Riigikantselei, lk 148
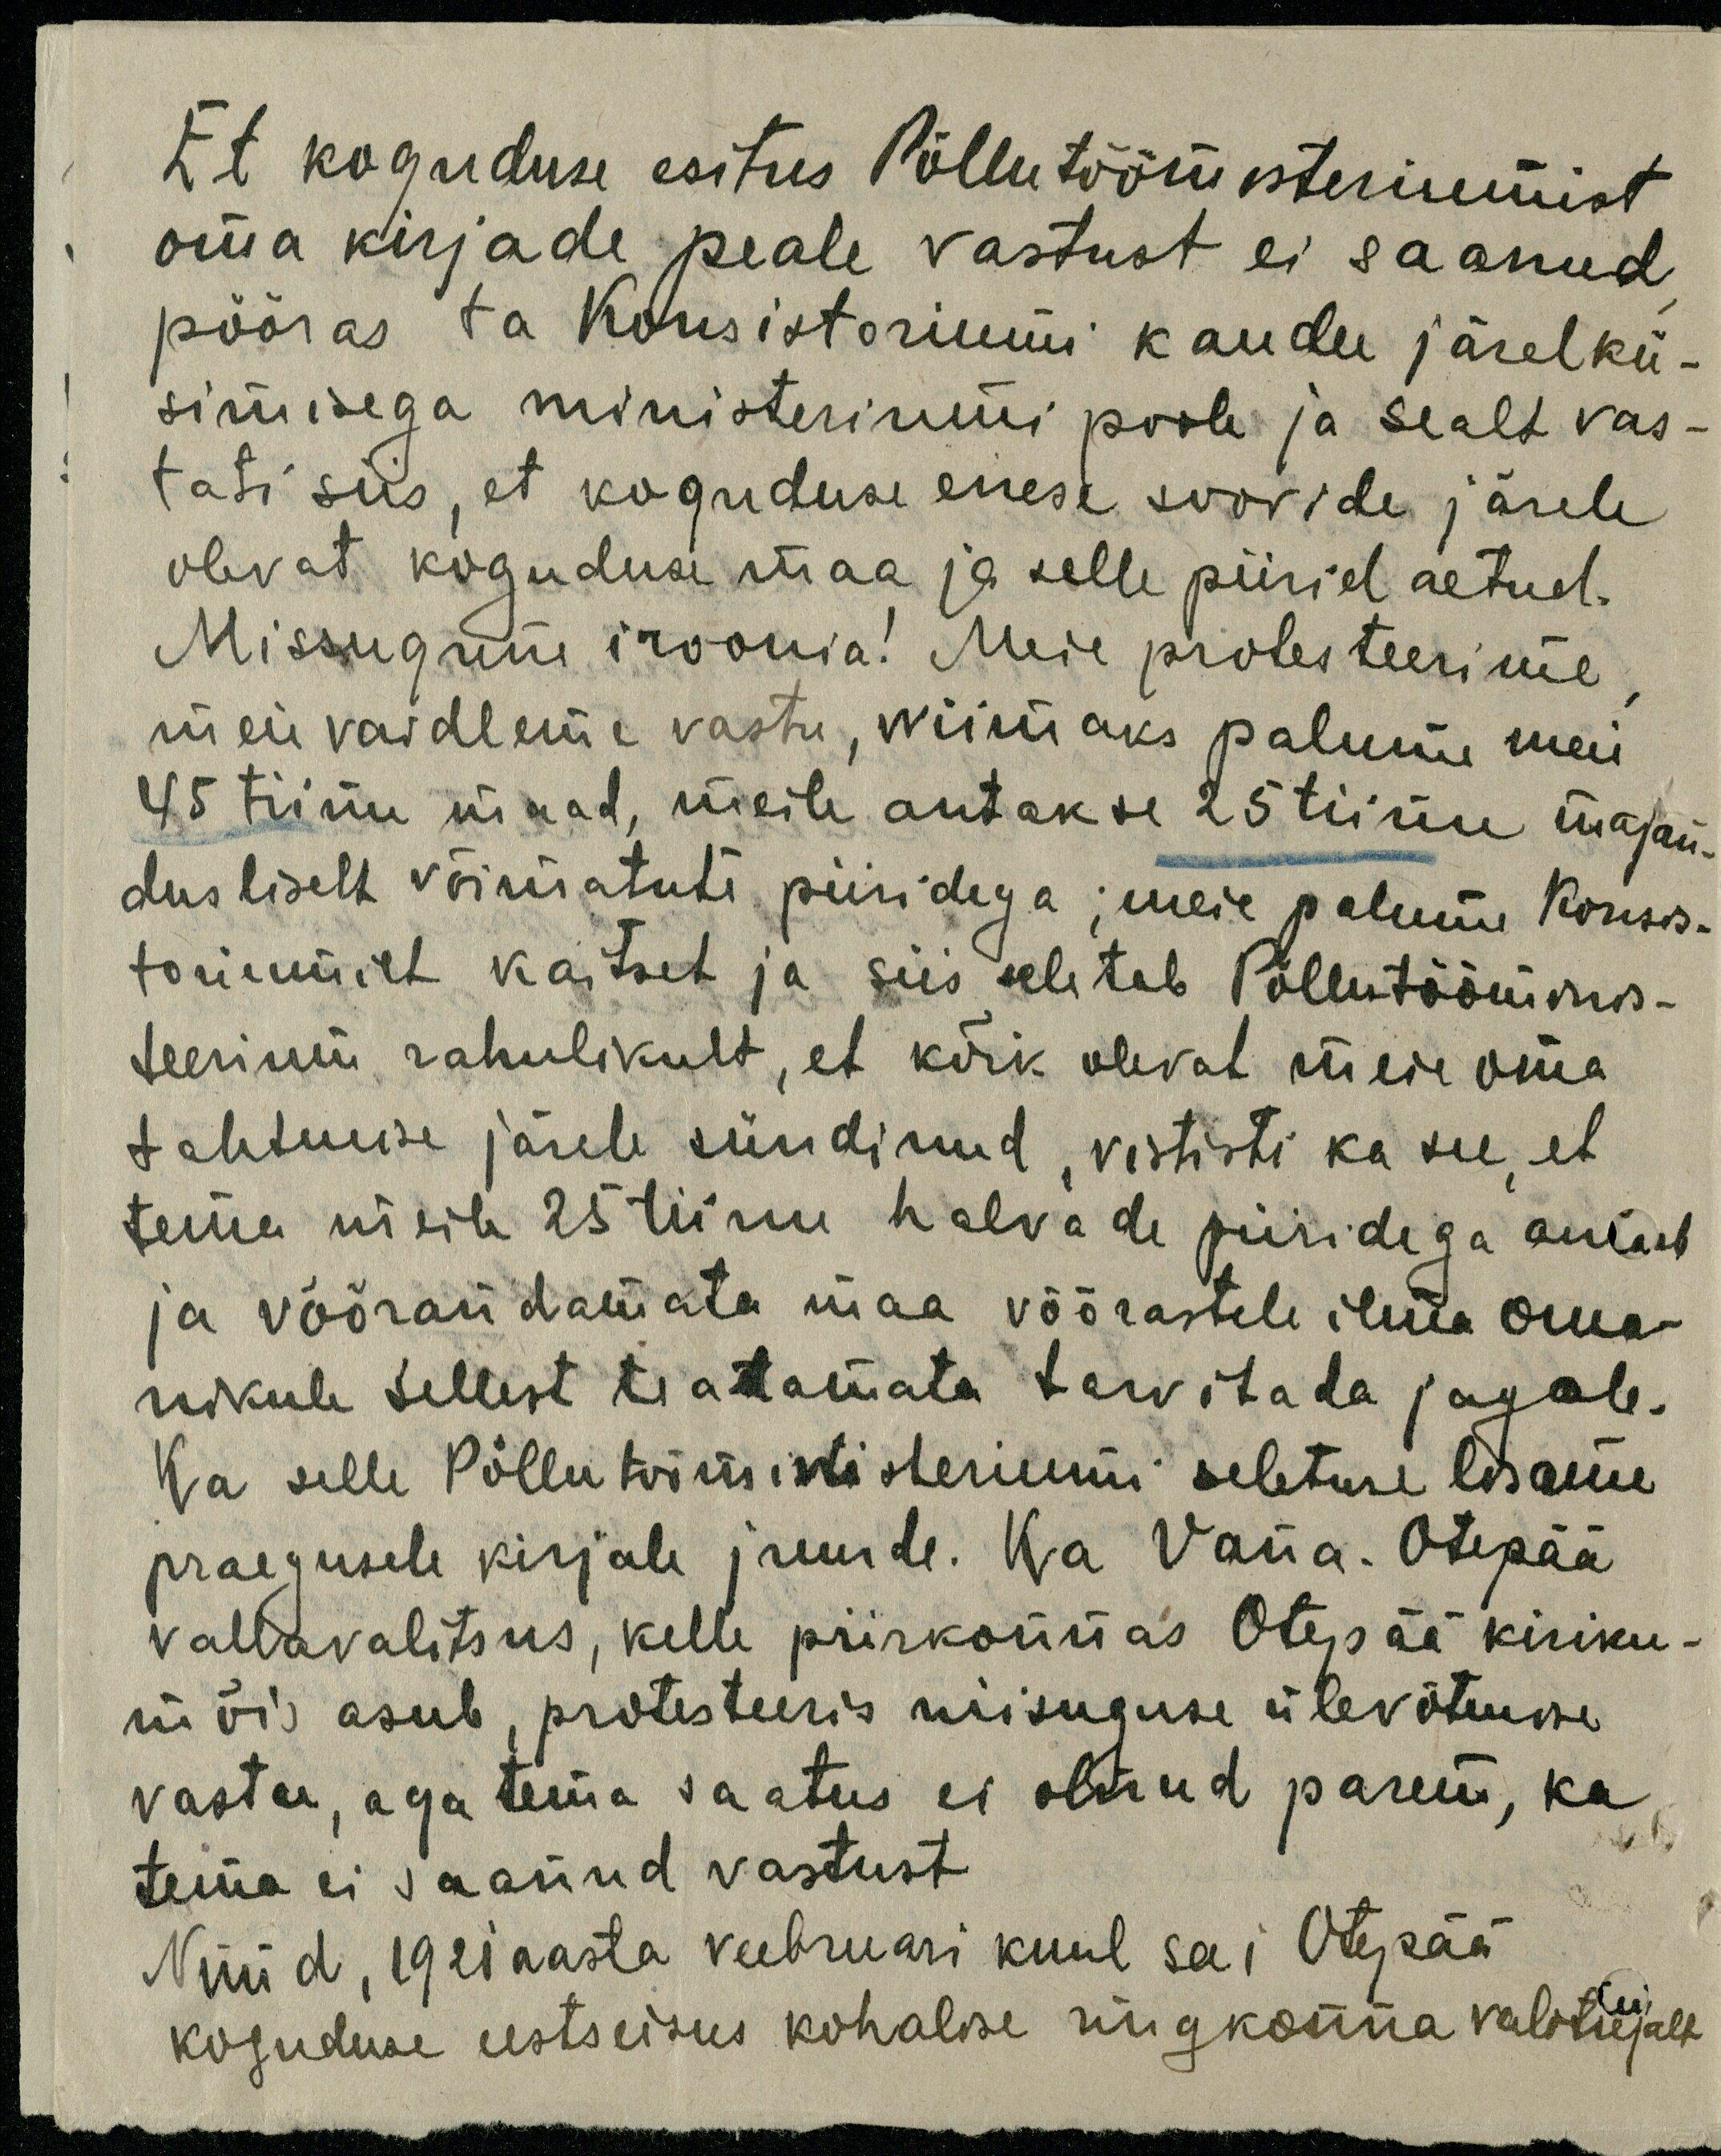
Et koguduse esitus Põllutöömisteriumist
oma kirjade peale vastust ei saanud
pööras ta Konsistoriumi kaudu järelkü-
simisega ministeriumi poole ja sealt vas-
tati siis, et koguduse enese soovide järele
olevat koguduse maa ja selle piirid aetud.
Missugune iroonia! Meie protesteerime
meie vaidleme vastu, wiimaks palume meie
45 tiinu maad, meile antakse 25 tiinu majan-
dusliselt võimatute piiridega; meie palume Konsis-
tormilt kaitset ja siis seletab Põllutööminis-
teerium rahulikult, et kõik olevat meie oma
tahtmise järele sündinud, vististi ka see, et
tema meile 25 tiinu halvade piiridega annab
ja võõrandamata maa võõrastele ilma oma-
nikule sellest teatamata tarvitada jagab.
Ka selle Põllutööministeriumi seletuse lisame
praegusele kirjale juurde. Ka Vana-Otepää
vallavalitsus, kelle piirkonnas Otepää kiriku-
mõis asub, protesteeris niisuguse ülevõtmise
vastu, aga tema saatus ei olnud parem, ka
tema ei saanud vastust
Nüüd, 1921 aasta veebruari kuul sai Otepää
koguduse eestseisus kohalise ringkonna valitsejalt